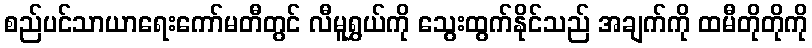
စည်ပင်သာယာရေးကော်မတီတွင် လီမူရွှယ်ကို သွေးထွက်နိုင်သည် အချက်ကို ထမီတိုတိုကို